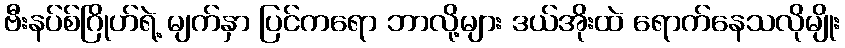
ဗီးနပ်စ်ဂြိုဟ်ရဲ့ မျက်နှာ ပြင်ကရော ဘာလို့များ ဒယ်အိုးထဲ ရောက်နေသလိုမျိုး